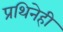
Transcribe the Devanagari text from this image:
प्रथिनेही